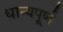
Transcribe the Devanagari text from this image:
धान्यपूर्ण